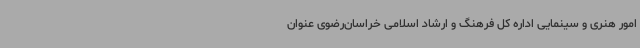
امور هنری و سینمایی اداره کل فرهنگ و ارشاد اسلامی خراسان‌رضوی عنوان